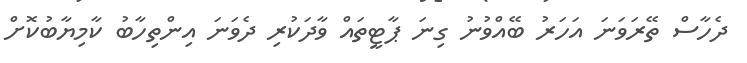
ދެހާސް ތޭރަވަނަ އަހަރު ބޭއްވުނު ގިނަ ޕާޓީތައް ވާދަކުރި ދެވަނަ އިންތިހާބު ކާމިޔާބުކޮށް